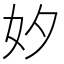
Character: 𡚵